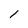
Character: l